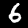
Digit: 6